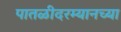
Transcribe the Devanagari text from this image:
पातळीदरम्यानच्या